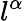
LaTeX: l^{\alpha}